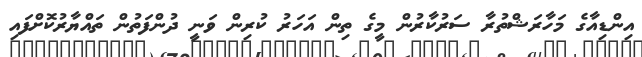
އިންޑިއާގެ މަހާރަޝްތުރާ ސަރުކާރުން މީގެ ތިން އަހަރު ކުރިން ވަނީ ދުންފަތުން ތައްޔާރުކޮށްފައި